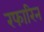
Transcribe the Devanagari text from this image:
रफारिन